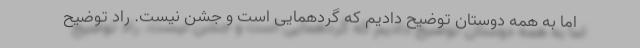
اما به همه دوستان توضیح دادیم که گردهمایی است و جشن نیست. راد توضیح